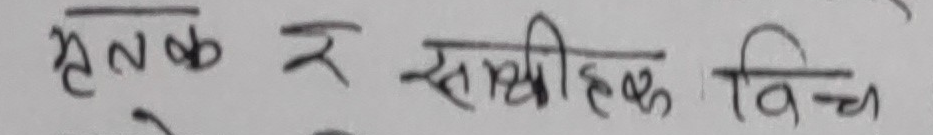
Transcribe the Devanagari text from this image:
हृतक र सामुहिक विच